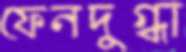
ফেনদুগ্ধা